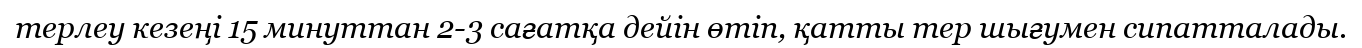
терлеу кезеңі 15 минуттан 2-3 сағатқа дейін өтіп, қатты тер шығумен сипатталады.